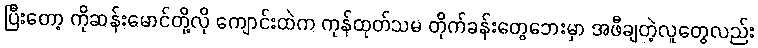
ပြီးတော့ ကိုဆန်းမောင်တို့လို ကျောင်းထဲက ကုန်ထုတ်သမ တိုက်ခန်းတွေဘေးမှာ အဖီချတဲ့လူတွေလည်း